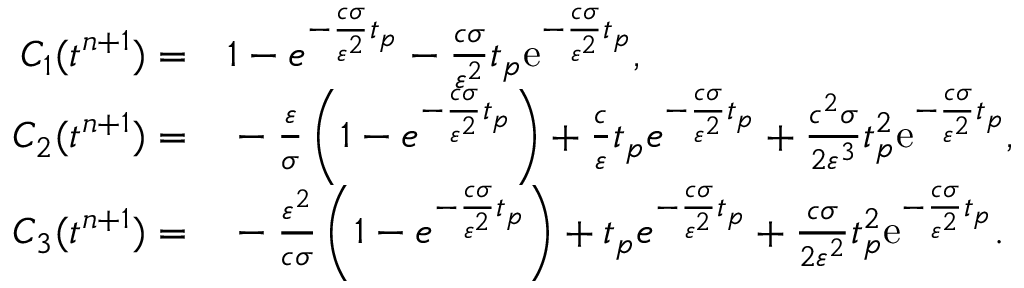
\begin{array} { r l } { C _ { 1 } ( t ^ { n + 1 } ) = } & { { } 1 - e ^ { - \frac { c \sigma } { \varepsilon ^ { 2 } } t _ { p } } - \frac { c \sigma } { \varepsilon ^ { 2 } } t _ { p } \mathrm { e } ^ { - \frac { c \sigma } { \varepsilon ^ { 2 } } t _ { p } } , } \\ { C _ { 2 } ( t ^ { n + 1 } ) = } & { { } - \frac { \varepsilon } { \sigma } \left( 1 - e ^ { - \frac { c \sigma } { \varepsilon ^ { 2 } } t _ { p } } \right) + \frac { c } { \varepsilon } t _ { p } e ^ { - \frac { c \sigma } { \varepsilon ^ { 2 } } t _ { p } } + \frac { c ^ { 2 } \sigma } { 2 \varepsilon ^ { 3 } } t _ { p } ^ { 2 } \mathrm { e } ^ { - \frac { c \sigma } { \varepsilon ^ { 2 } } t _ { p } } , } \\ { C _ { 3 } ( t ^ { n + 1 } ) = } & { { } - \frac { \varepsilon ^ { 2 } } { c \sigma } \left( 1 - e ^ { - \frac { c \sigma } { \varepsilon ^ { 2 } } t _ { p } } \right) + t _ { p } e ^ { - \frac { c \sigma } { \varepsilon ^ { 2 } } t _ { p } } + \frac { c \sigma } { 2 \varepsilon ^ { 2 } } t _ { p } ^ { 2 } \mathrm { e } ^ { - \frac { c \sigma } { \varepsilon ^ { 2 } } t _ { p } } . } \end{array}